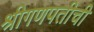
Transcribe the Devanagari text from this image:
श्रीगणपतीची